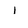
Character: l